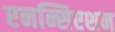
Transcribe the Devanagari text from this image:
एनन्सिएशन